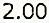
2.00